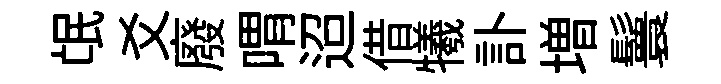
氓爻廢喟迢借犧訃増鬟